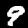
Digit: 9